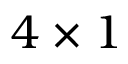
4 \times 1